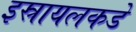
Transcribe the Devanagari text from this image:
इस्रायलकडे